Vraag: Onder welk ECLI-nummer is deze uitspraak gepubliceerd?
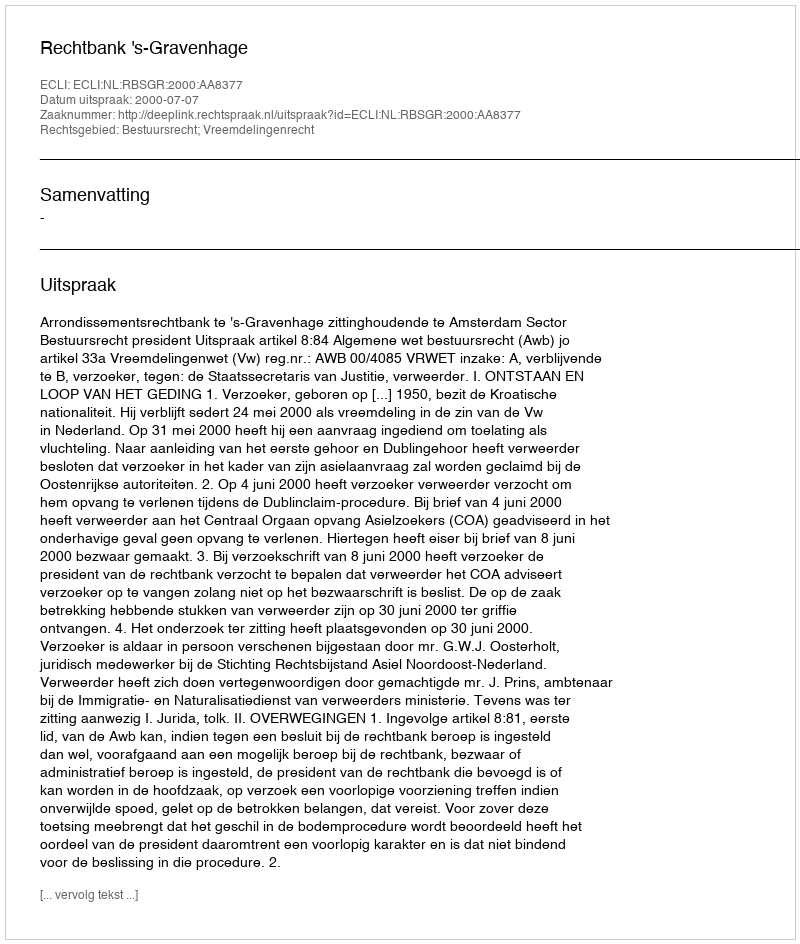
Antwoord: ECLI:NL:RBSGR:2000:AA8377